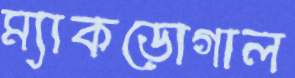
ম্যাকডোগাল